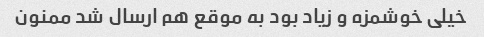
خیلی خوشمزه و زیاد بود به موقع هم ارسال شد ممنون